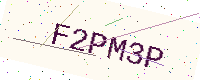
Text: F2PM3P